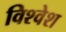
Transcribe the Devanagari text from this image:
विश्‍वेश